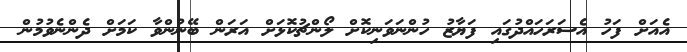
އެއަށް ފަހު އެސަރަހައްދުގައި ފަޔާޒު ހުންނަވަނިކޮށް ލޯންޗުކޮޅަށް އަރަން ބޭނުންވާ ކަމަށް ދެންނެވުމުން